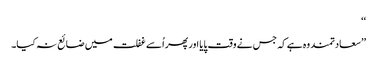
‘‘
’’سعادتمند وہ ہے کہ جس نے وقت پایا اور پھر اُسے غفلت میں ضائع نہ کیا۔